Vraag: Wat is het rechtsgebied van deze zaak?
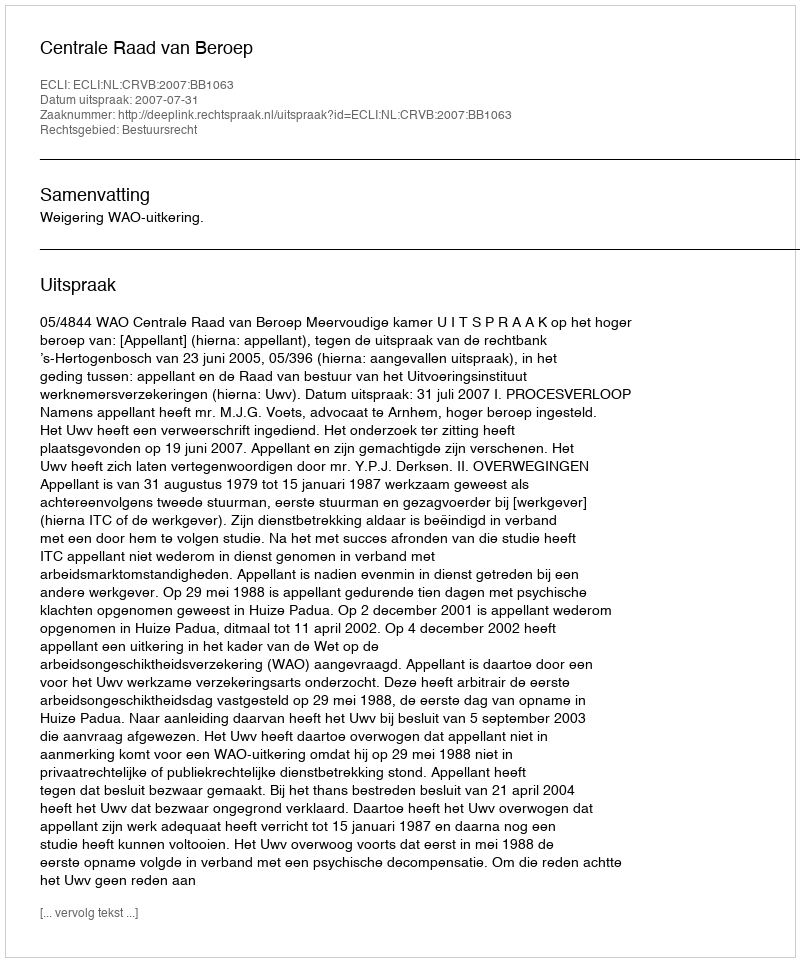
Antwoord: Bestuursrecht